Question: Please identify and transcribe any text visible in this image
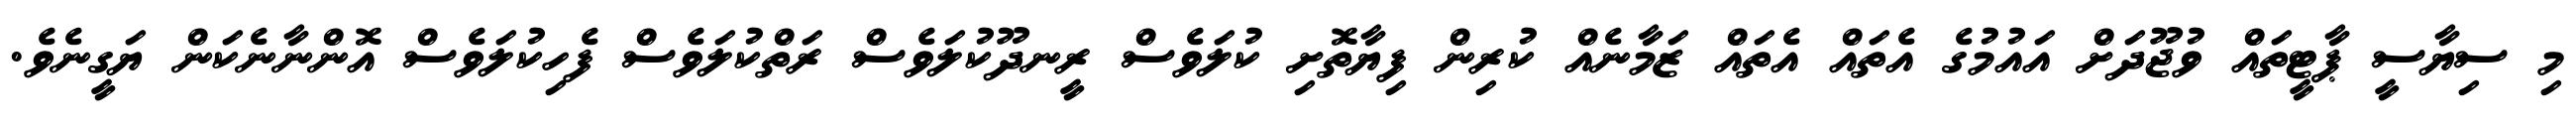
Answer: މި ސިޔާސީ ޕާޓީތައް ވުޖޫދަށް އައުމުގެ އެތައް އެތައް ޒަމާނެއް ކުރިން ފިޔާތޮށި ކުލަވެސް ރީނދޫކުލަވެސް ރަތްކުލަވެސް ފެހިކުލަވެސް އޮންނާނެކަން ޔަގީނެވެ.